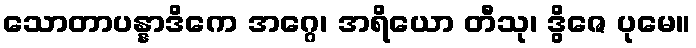
သောတာပန္နာဒိကေ အဂ္ဂေ၊ အရိယော တီသု၊ ဒွိဇေ ပုမေ။